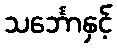
သင်္ဘောနှင့်